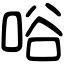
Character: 唂